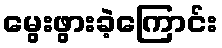
မွေးဖွားခဲ့ကြောင်း